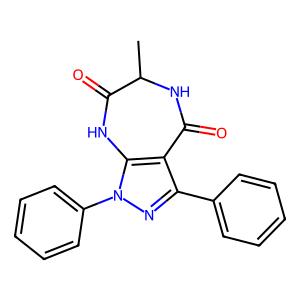
SMILES: CC1NC(=O)c2c(-c3ccccc3)nn(-c3ccccc3)c2NC1=O
Inhibits HIV replication: No